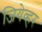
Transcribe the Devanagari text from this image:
जियेव्हर